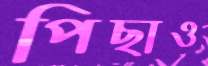
পিছাও